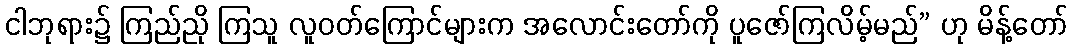
ငါဘုရား၌ ကြည်ညို ကြသူ လူဝတ်ကြောင်များက အလောင်းတော်ကို ပူဇော်ကြလိမ့်မည်” ဟု မိန့်တော်